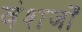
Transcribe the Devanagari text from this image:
वंशजोँ